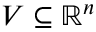
V \subseteq \mathbb { R } ^ { n }